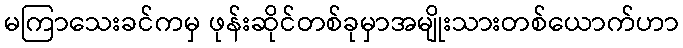
မကြာသေးခင်ကမှ ဖုန်းဆိုင်တစ်ခုမှာအမျိုးသားတစ်ယောက်ဟာ